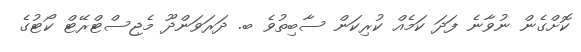
ކޮށްގެން ނުވާނެ ފަދަ ކަމެއް ކުރިކަން ސާބިތުވެ ބ. ދަރަވަންދޫ މެޖިސްޓްރޭޓް ކޯޓުގެ